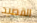
القصيد